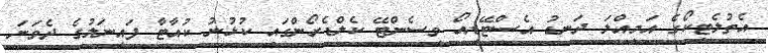
އެތުލެޓިކޯގެ އަމިއްލަ ދަނޑު އެސްޓޭޑިއޯ ވިސެންޓޭ ކެލްޑެރޯންގައި ކުޅުނު ކުއާޓާ ފައިނަލުގެ ދެވަނަ